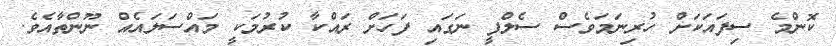
ކޮންމެ ސިފައަކަށް ހުރިނަމަވެސް ސެލްފީ ނަގައި ފަހަށް ރައްކާ ކުރުމަކީ މައްސަލައެއް ނޫންތާއެވެ.